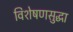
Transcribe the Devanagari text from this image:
विशेषणसुद्धा